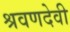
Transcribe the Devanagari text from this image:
श्रवणदेवी